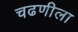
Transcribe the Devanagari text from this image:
चढणीला